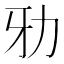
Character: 𠡁